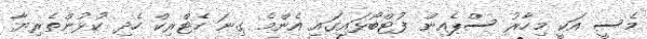
މެސީ އަކީ މިހާރު ސްޕެއިން ފުޓްބޯޅައިގައި އެންމެ ގިނަ ހެޓްރިކް ހެދި ކުޅުންތެރިޔާ